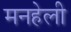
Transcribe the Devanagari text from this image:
मनहेली